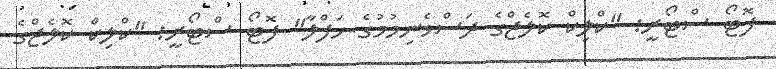
ފޮޓޯ ސްޓޯރީ: "ކްލިކް ކޮލެޖްގެ ދަސްވެނިމުމުގެ ހަފްލާ" ފޮޓޯ ސްޓޯރީ: "ކްލިކް ކޮލެޖްގެ